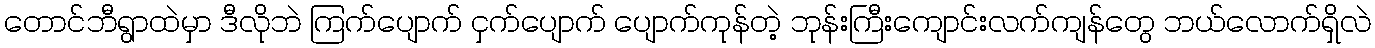
တောင်ဘီရွာထဲမှာ ဒီလိုဘဲ ကြက်ပျောက် ငှက်ပျောက် ပျောက်ကုန်တဲ့ ဘုန်းကြီးကျောင်းလက်ကျန်တွေ ဘယ်လောက်ရှိလဲ